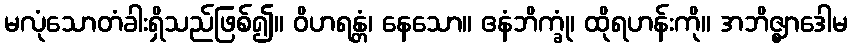
မလုံသောတံခါးရှိသည်ဖြစ်၍။ ဝိဟရန္တံ၊ နေသော။ ဧနံဘိက္ခုံ၊ ထိုရဟန်းကို။ အဘိဇ္ဈာဒေါမ